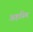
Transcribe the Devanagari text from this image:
अहस्मि